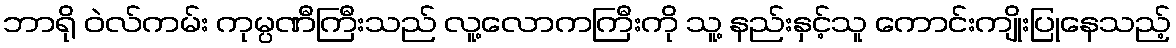
ဘာရို ဝဲလ်ကမ်း ကုမ္ပဏီကြီးသည် လူ့လောကကြီးကို သူ့ နည်းနှင့်သူ ကောင်းကျိုးပြုနေသည့်